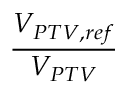
\frac { V _ { P T V , r e f } } { V _ { P T V } }